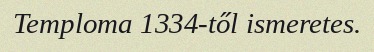
Temploma 1334-től ismeretes.